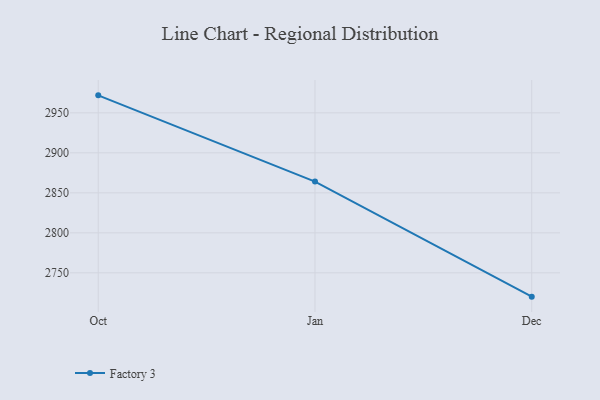
{"axis": {"x": "Month", "y": "Shipments"}, "legend": ["Factory 3"], "data": [{"x": "Oct", "y": 2971.9, "type": "Factory 3"}, {"x": "Jan", "y": 2864.1, "type": "Factory 3"}, {"x": "Dec", "y": 2720.2, "type": "Factory 3"}]}